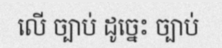
លើ ច្បាប់ ដូច្នេះ ច្បាប់